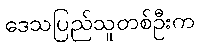
ဒေသပြည်သူတစ်ဦးက